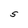
Character: S